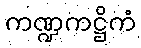
ကဏ္ဍကဋ္ဌိကံ